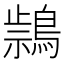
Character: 𪃚